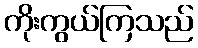
ကိုးကွယ်ကြသည်